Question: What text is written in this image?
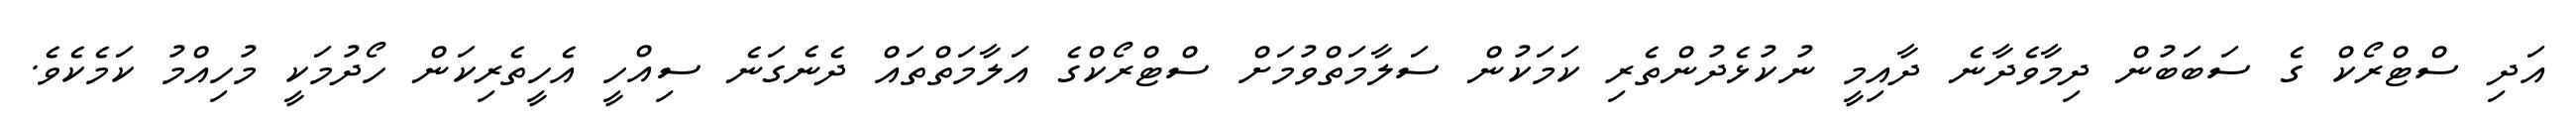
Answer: އަދި ސްޓްރޯކް ގެ ސަބަބުން ދިމާވެދާނެ ދާއިމީ ނުކުޅެދުންތެރި ކަމަކުން ސަލާމަތްވުމަށް ސްޓްރޯކްގެ އަލާމަތްތައް ދެނެގަނެ ސިއްހީ އެހީތެރިކަން ހޯދުމަކީ މުހިއްމު ކަމެކެވެ.